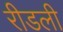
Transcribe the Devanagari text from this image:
रीडली